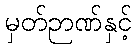
မှတ်ဉာဏ်နှင့်